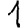
Digit: 1